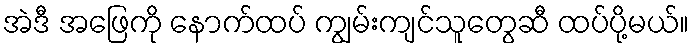
အဲဒီ အဖြေကို နောက်ထပ် ကျွမ်းကျင်သူတွေဆီ ထပ်ပို့မယ်။